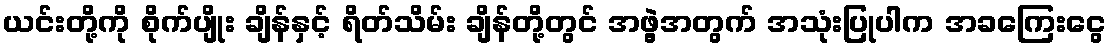
ယင်းတို့ကို စိုက်ပျိုး ချိန်နှင့် ရိတ်သိမ်း ချိန်တို့တွင် အဖွဲ့အတွက် အသုံးပြုပါက အခကြေးငွေ